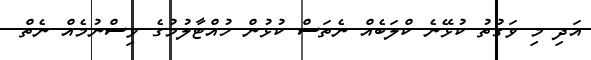
އަދި މި ވަގުތު ކުޅޭނެ ކްލަބެއް ނެތަސް ކުޅުން ހުއްޓާލުމުގެ ވިސްނުމެއް ނެތް